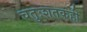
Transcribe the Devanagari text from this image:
चतुःशतकही